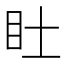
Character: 𥃾